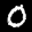
Label: 0